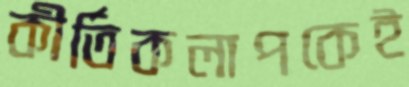
কীর্তিকলাপকেই